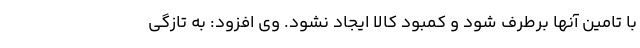
با تامین آنها برطرف شود و کمبود کالا ایجاد نشود. وی افزود: به تازگی